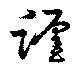
躔